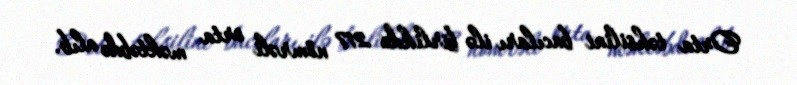
Orta təhsilini bacıları ilə birlikdə 217 nömrəli orta məktəbdə alıb.